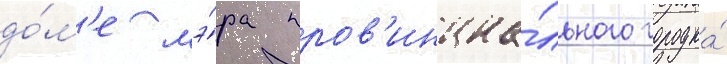
до́м'е мэ́ра пров'инциа́льного городка́